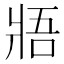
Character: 𤕻